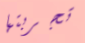
تجربتها